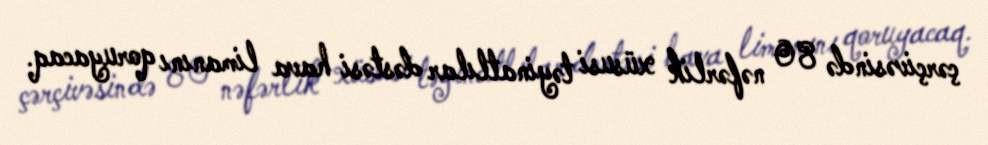
çərçivəsində 80 nəfərlik xüsusi təyinatlılar dəstəsi hava limanını qoruyacaq.